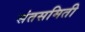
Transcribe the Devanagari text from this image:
संतसमिती